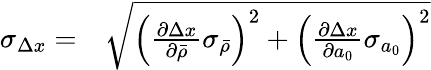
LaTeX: \begin{array}{rl}{\sigma_{\Delta x}=}&{{}\sqrt{\left(\frac{\partial\Delta x}{\partial\bar{\rho}}\sigma_{\bar{\rho}}\right)^{2}+\left(\frac{\partial\Delta x}{\partial a_{0}}\sigma_{a_{0}}\right)^{2}}}\end{array}